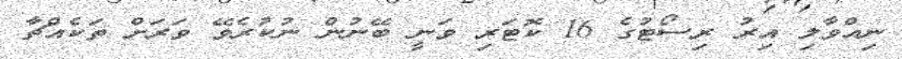
ނިއްވާލި އިރު ރިސޯޓުގެ 16 ކޮޓަރި ވަނީ ބޭނުން ނުކުރެވޭ ވަރަށް ތަކެއްޗާ